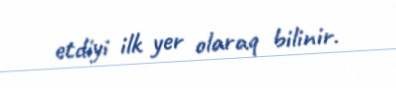
etdiyi ilk yer olaraq bilinir.